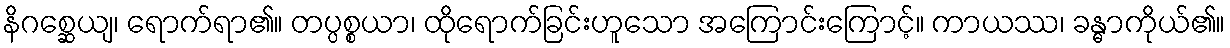
နိဂစ္ဆေယျ၊ ရောက်ရာ၏။ တပ္ပစ္စယာ၊ ထိုရောက်ခြင်းဟူသော အကြောင်းကြောင့်။ ကာယဿ၊ ခန္ဓာကိုယ်၏။